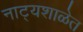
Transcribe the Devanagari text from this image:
नाट्यशाळेत